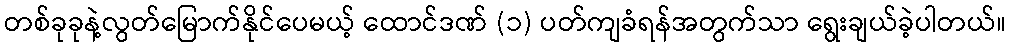
တစ်ခုခုနဲ့လွတ်မြောက်နိုင်ပေမယ့် ထောင်ဒဏ် (၁) ပတ်ကျခံရန်အတွက်သာ ရွေးချယ်ခဲ့ပါတယ်။